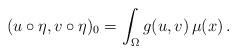
LaTeX: \begin{align*} (u \circ \eta, v \circ \eta)_0 = \int_{\Omega} g(u,v) \, \mu (x) \,.\end{align*}